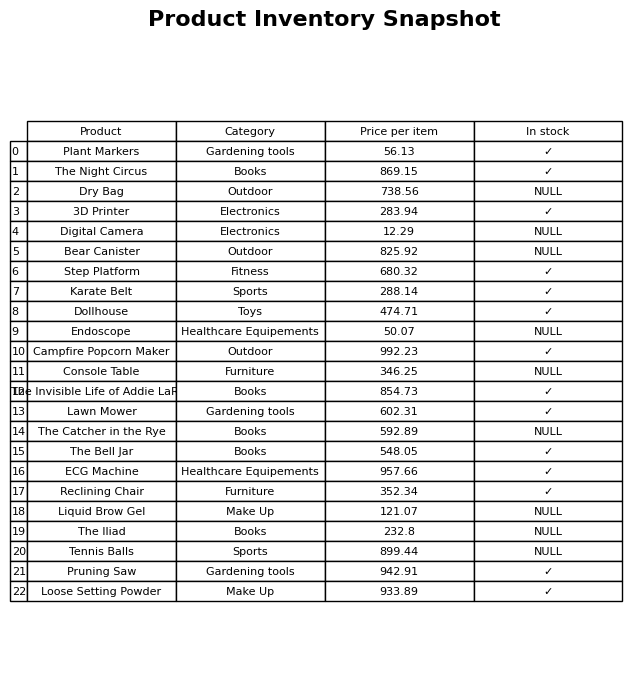
question: What is the price of the Tennis Balls?
answer: The price of Tennis Balls is 899.44.